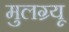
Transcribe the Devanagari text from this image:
मुलग्र्यू